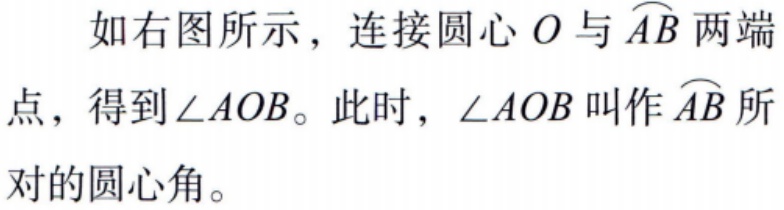
如右图所示，连接圆心 \(O\) 与 \(\overset{\frown}{AB}\) 两端点，得到 \(\angle AOB\)。此时，\(\angle AOB\) 叫作 \(\overset{\frown}{AB}\) 所对的圆心角。